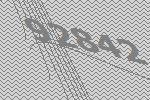
92842